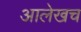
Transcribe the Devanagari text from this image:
आलेखच